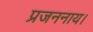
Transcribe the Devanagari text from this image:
प्रजननाय।